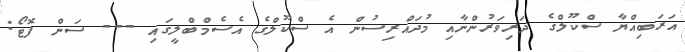
އަރަބިއްޔާ ސްކޫލްގެ ދަރިވަރުންނާއި މުދައްރިސުން އެ ސްކޫލްގެ އެސެމްބްލީގައި --- ސަން ފޮޓޯ: